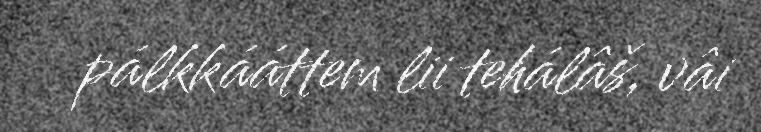
pálkkááttem lii tehálâš, vâi